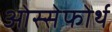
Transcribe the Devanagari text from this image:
ओस्सेफोर्थ